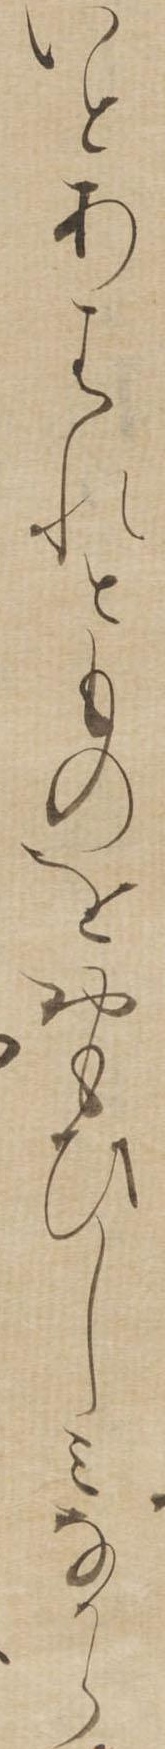
いとあはれとものをおもひしみなから